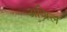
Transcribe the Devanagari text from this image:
अज्रिल